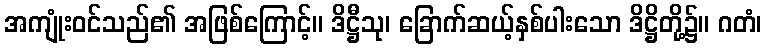
အကျုံးဝင်သည်၏ အဖြစ်ကြောင့်။ ဒိဋ္ဌီသု၊ ခြောက်ဆယ့်နှစ်ပါးသော ဒိဋ္ဌိတို့၌။ ဂတံ၊